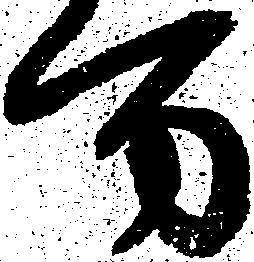
方